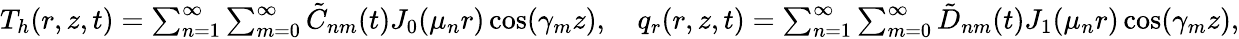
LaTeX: \begin{array}{r}{T_{h}(r,z,t)=\sum_{n=1}^{\infty}\sum_{m=0}^{\infty}\tilde{C}_{nm}(t)J_{0}(\mu_{n}r)\cos(\gamma_{m}z),\quad q_{r}(r,z,t)=\sum_{n=1}^{\infty}\sum_{m=0}^{\infty}\tilde{D}_{nm}(t)J_{1}(\mu_{n}r)\cos(\gamma_{m}z),}\end{array}